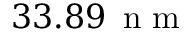
3 3 . 8 9 \, \mathrm { ~ n ~ m ~ }